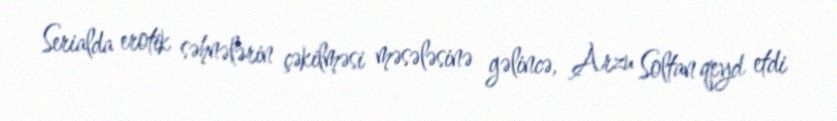
Serialda erotik səhnələrin çəkilməsi məsələsinə gəlincə, Arzu Soltan qeyd etdi